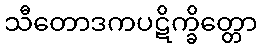
သီတောဒကပဋိက္ခိတ္တော